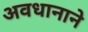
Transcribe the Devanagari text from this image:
अवधानाने